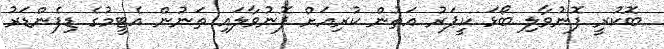
ބޮކުރީ ފޮނުވާލި ބޯޅަ ކީޕަރު އަތުން ކުރިއަށް ފޮނުވާލައި ތަނުން އެޓީމުގެ ޑިފެންޑަރު